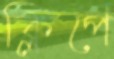
ক্লিপে